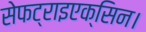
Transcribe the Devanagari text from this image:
सेफट्राइएक्सिन।